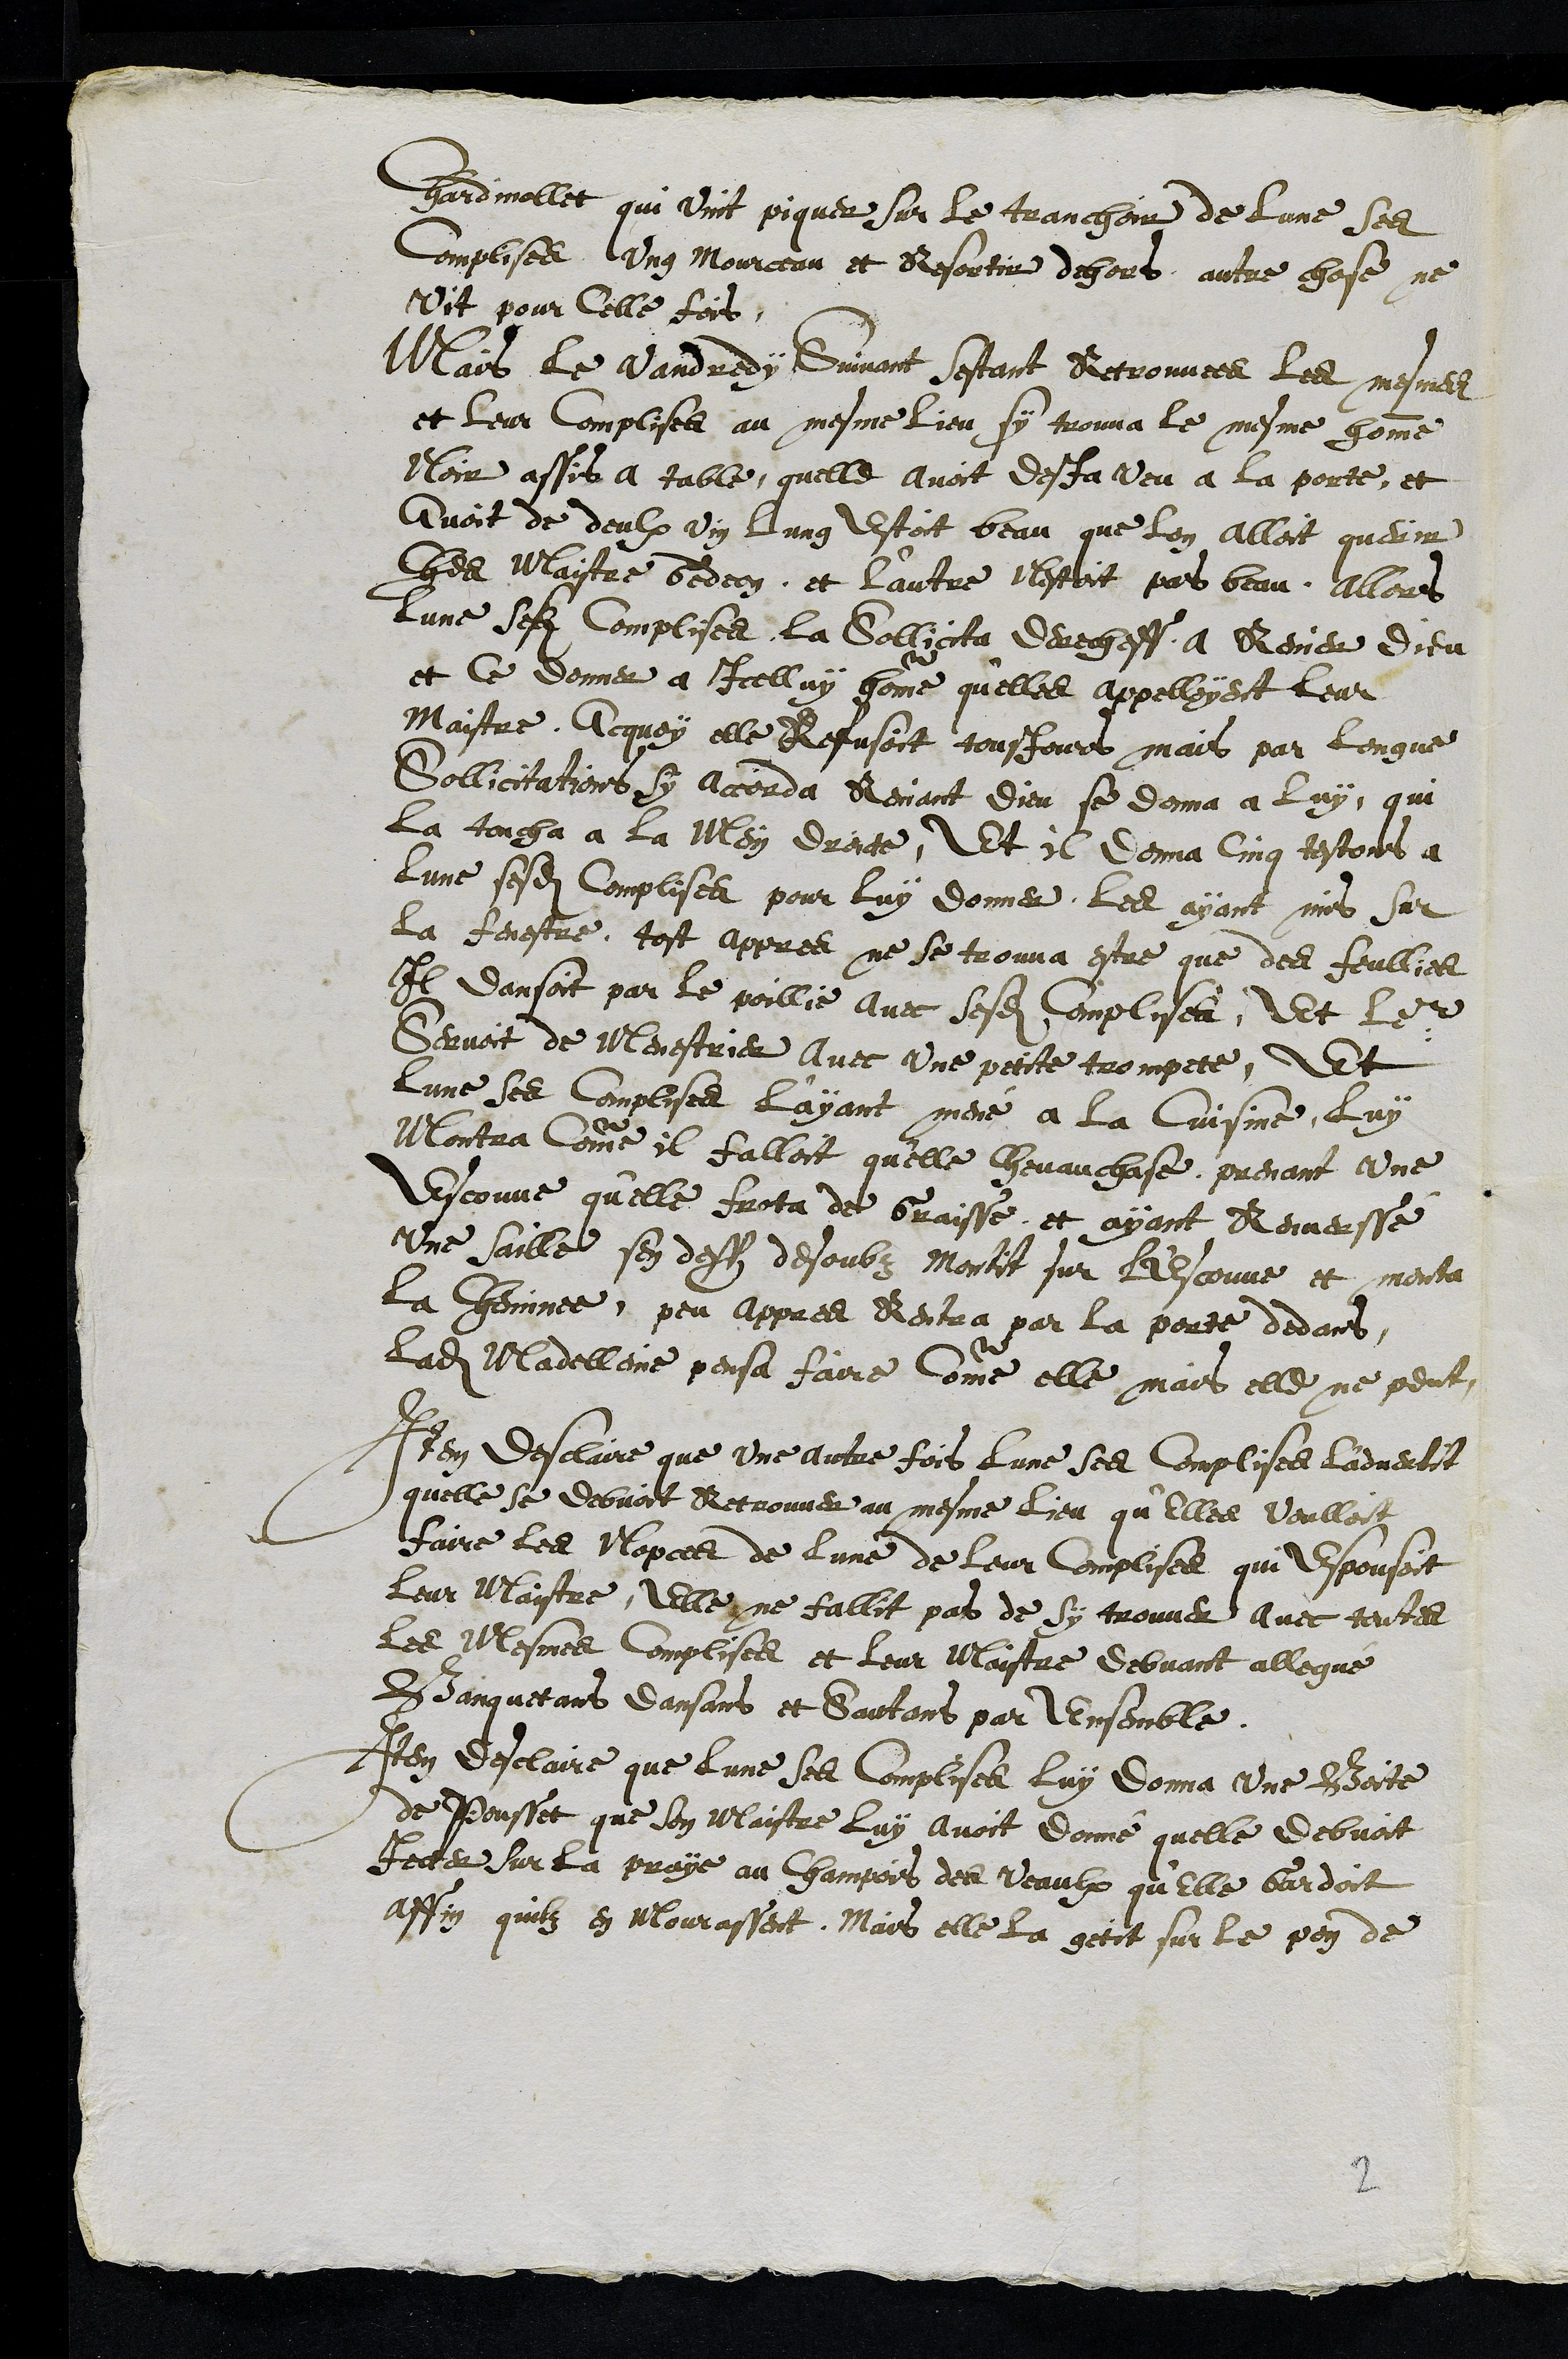
Chardinollet qui vint piquer sur le tranchoir de lune ses
Complises ung mourceau et Resortir dehors, autre chose, ne
vit pour celle fois
Mais le vandredy Suivant sestant Retrouvee les mesmes
et leur complises au mesme lieu sy trouva le mesme homme
Noir assis a table, quelle avoit desja veu a la porte, et
avoit de deulx vin lung estoit beau que lon alloit querir
Ches Maistre Gedeon et l'autre Nestoit pas beau Allors
lune sesdites complises la Sollicita derecheff a Renier dieu
et ce donner a icelluy homme qu'elles appelloyent leur
Maistre. Acquoy elle Refusoit tousjours mais par longue
Sollicitations sy accorda Reniant Dieu se donna a luy, qui
la toucha a la Mein droicte, Et il donna cinq testons a
lune sesdites Complises pour luy donner les ayant mis sur
la fenestre, tost appres ne se trouva estre que des feullies
Il dansoit par le poillie avec sesdites Complises, Et leur
servoit de Menestrier avec une petite trompete, Et
lune ses complises layant mené a la Cuisine, luy
Montra Comme il falloit qu'elle chevauchase, prenant une
Escouve qu'elle frota de Graisse, et ayant Renverssé
une saille sen dess desoubz montit sur l'Escouve et monta
la cheminee peu appres Rentra par la porte dedans
Ladite Madelleine pensa faire comme elle mais elle ne peut
Item desclaire que une autre fois lune ses complises l'advertit
quelle se debvoit Retrouver au mesme lieu qu'elles voulloit
faire les Nopces de lune de leur Complises qui Espousoit
Leur Maistre, Elle ne fallit pas de sy trouver avec toutes
les Mesmes complises et leur Maistre debvant allegué
Banquetans dansans et Sautans par Ensemble,
Item desclaire que lune ses Complises luy donna une Boite
de Pousset que son maistre luy avoit donné quelle debvoit
jecter sur la praye au Champois des veaulx qu'elle Gardoit
affin quilz en mourassent. Mais elle la getit sur le pen de
2